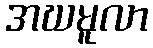
အဃမူလာ